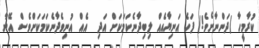
ކުރާމީހާ (ދަންނާށެވެ!) ފަހެ އަނިޔާއެއް ލިބިދާނެކަމަކަށް އަދި  އެއް އުނިވެދާނެކަމަކަށްވެސް އޭނާ